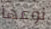
نوعها